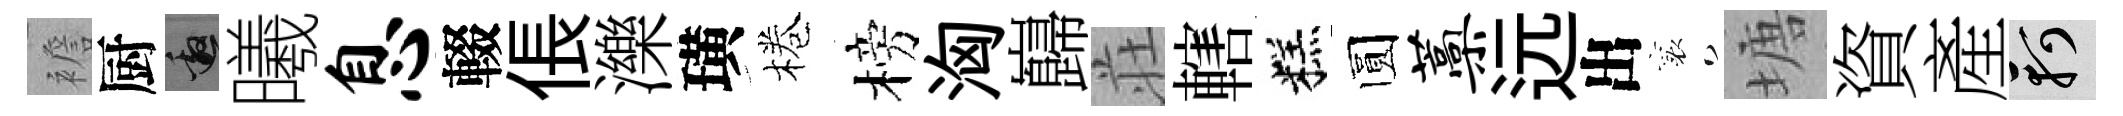
襜厨邀曦息輟倀濼璜棬榜洶巋荘轄糕圆蒿远出襄塘資產軻